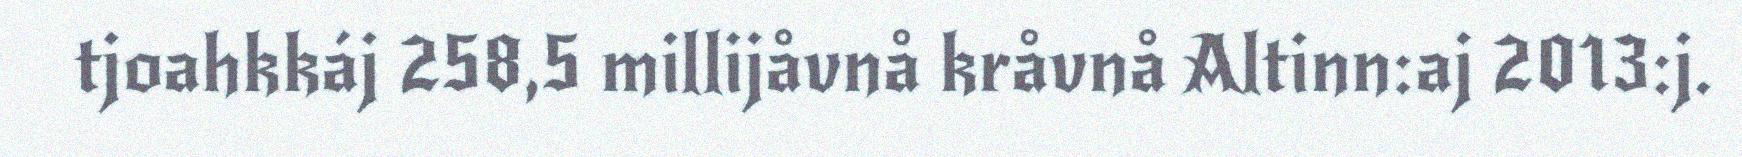
tjoahkkáj 258,5 millijåvnå kråvnå Altinn:aj 2013:j.